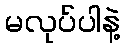
မလုပ်ပါနဲ့